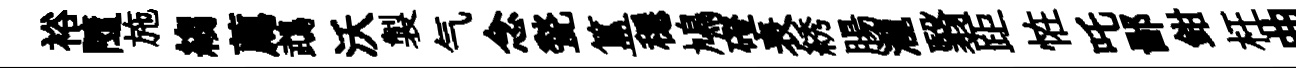
裕隨施縐薦鵡沃製气念甃簋穩鳩磴表綉腸瀧翳距恠吒鄙鉗枉曲